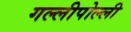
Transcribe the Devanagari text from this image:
गल्लीपोल्ली